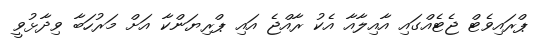
ޕްރައިވެޓް ޖެޓެއްގައި އާއިލާއާ އެކު ރާއްޖެ އައި ޕްރިޔަންކާ އަށް މަރުހަބާ ވިދާޅުވީ